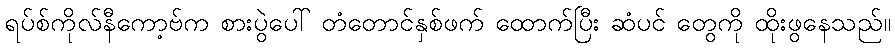
ရပ်စ်ကိုလ်နီကော့ဗ်က စားပွဲပေါ် တံတောင်နှစ်ဖက် ထောက်ပြီး ဆံပင် တွေကို ထိုးဖွနေသည်။